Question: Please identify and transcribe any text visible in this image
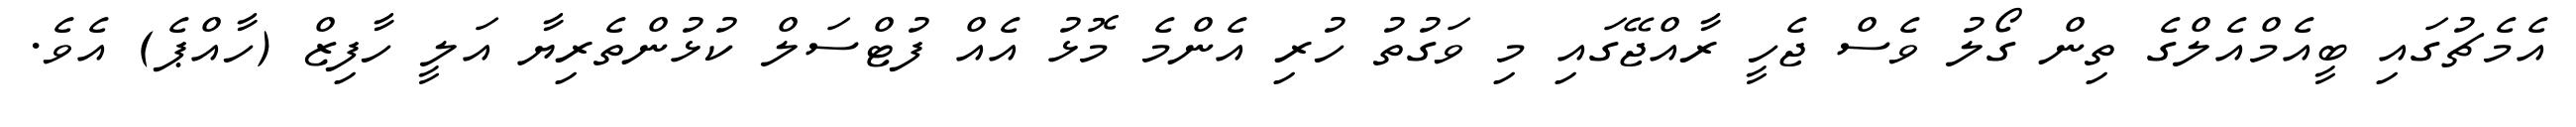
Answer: އެމެޗުގައި ބީއެމްއެލްގެ ތިން ގޯލު ވެސް ޖެހީ ރާއްޖޭގައި މި ވަގުތު ހުރި އެންމެ މޮޅު އެއް ފުޓްސަލް ކުޅުންތެރިޔާ އަލީ ހާފިޒް (ހާއްޕެ) އެވެ.